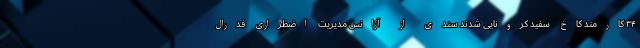
۳۴ کارمند کاخ سفید کرونایی شدند سندی از آژانس مدیریت اضطراری فدرال